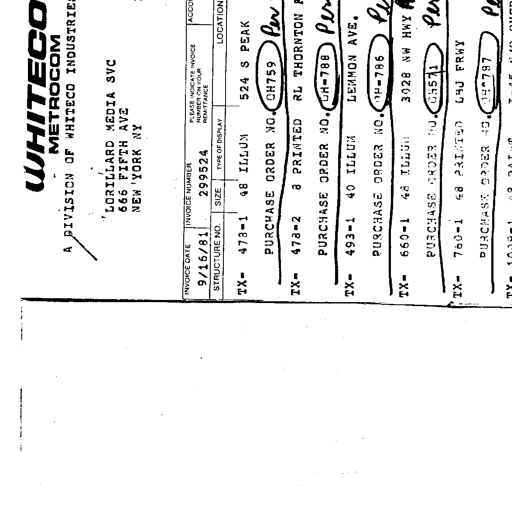
WHITECO
METROCOM
A DIVISION OF WHITECO INDUSTRIES
LORILLARD MEDIA SVC
666 FIFTH AVE
NEW YORK NY
INVOICE DATE
9/16/81
INVOICE NUMBER
299524
PLEASE INDICATE INVOICE
NUMBER ON YOUR
REMITTANCE
ACCO
STRUCTURE NO. SIZE TYPE OF DISPLAY LOCATION
TX- 473-1 48' ILLUM 524 S PEAK
PURCHASE ORDER NO. OH759 Per
TX- 478-2 8 PRINTED RL THORNTON F
PURCHASE ORDER NO. OH-788 Per
TX- 493-1 40 ILLUM LEMMON AVE.
PURCHASE ORDER NO. OH-786 Per
TX- 660-1 48 ILLUM 3028 NW HWY
PURCHASE ORDER NO. OH571 Per
TX- 760-1 48 PRINTED LBJ FRWY
PURCHASE ORDER NO. OH-787 Per